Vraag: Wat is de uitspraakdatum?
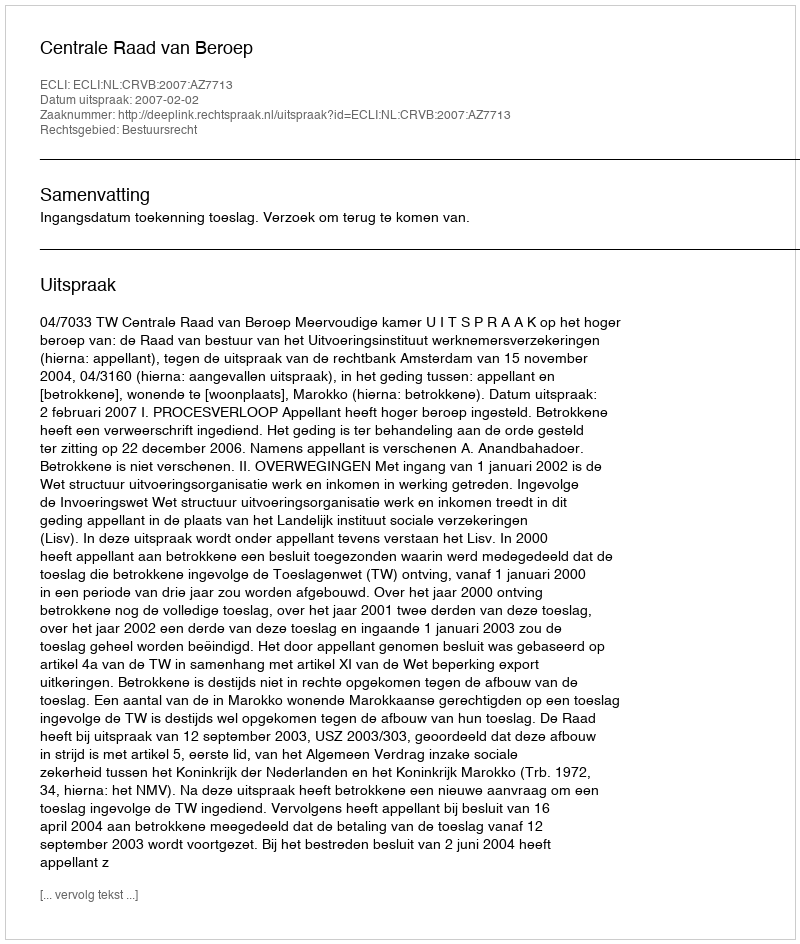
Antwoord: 2007-02-02